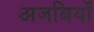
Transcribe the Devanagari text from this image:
अजबियों